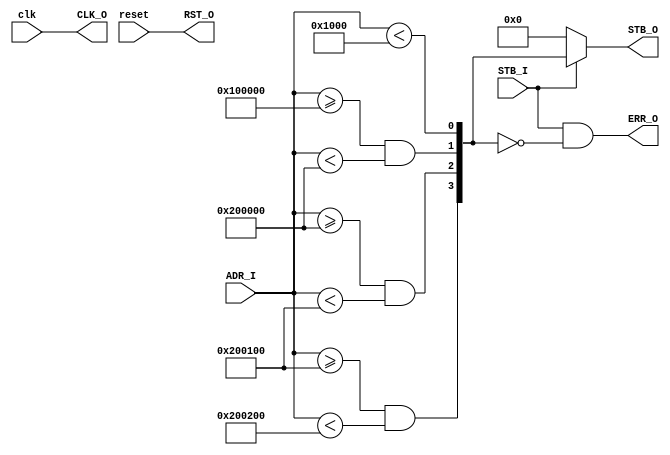
module SYSCON(
	input clk,
	input reset,

	output CLK_O,
	output RST_O,
	input [31:0] ADR_I,
	input STB_I,

	output [3:0] STB_O,
	output ERR_O
	
);

wire [3:0] stb;
assign STB_O = STB_I ? stb : 4'd0;
assign ERR_O = STB_I && (stb == 'd0);

assign stb[0] = ADR_I[31:0] < 32'h1000; // ROM
assign stb[1] = (ADR_I[31:0] >= 32'h100000) && (ADR_I[31:0] < 32'h200000); // RAM
assign stb[2] = (ADR_I[31:0] >= 32'h200000) && (ADR_I[31:0] < 32'h200100); // GPIO
assign stb[3] = (ADR_I[31:0] >= 32'h200100) && (ADR_I[31:0] < 32'h200200); // UART

assign RST_O = reset;
assign CLK_O = clk;

endmodule